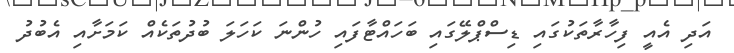
އަދި އެއީ ފިހާރާތަކުގައި ޑިސްޕްލޭގައި ބަހައްޓާފައި ހުންނަ ކަހަލަ ބުދުތަކެއް ކަމަށާއި އެބުދު